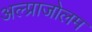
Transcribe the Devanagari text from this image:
अल्प्राजोलम